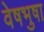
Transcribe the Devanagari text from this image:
वेषभुषा